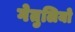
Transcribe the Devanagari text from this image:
गेतुलियो